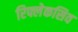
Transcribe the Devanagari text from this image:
रिफ्लेकसिव